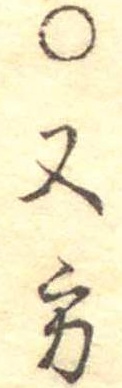
○又方